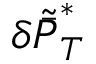
\delta \tilde { \bar { P } } _ { T } ^ { * }